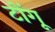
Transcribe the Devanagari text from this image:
टोंगू